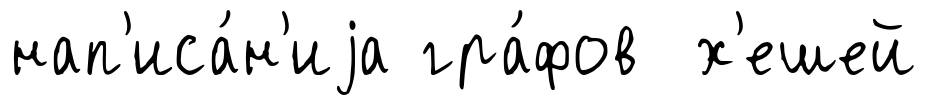
нап'иса́н'иjа гра́фов х'ешей